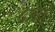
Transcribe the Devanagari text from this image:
४२वाँ